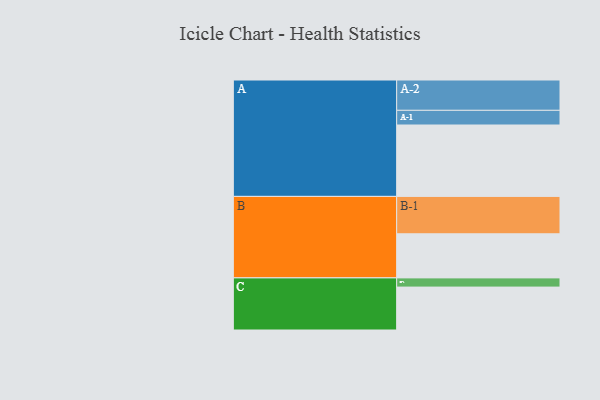
{"axis": {"x": "Segment", "y": "Value"}, "legend": ["", "A", "B", "C"], "data": [{"x": "A", "y": 544, "type": ""}, {"x": "B", "y": 336, "type": ""}, {"x": "C", "y": 327, "type": ""}, {"x": "A-1", "y": 112, "type": "A"}, {"x": "A-2", "y": 231, "type": "A"}, {"x": "B-1", "y": 285, "type": "B"}, {"x": "C-1", "y": 70, "type": "C"}]}